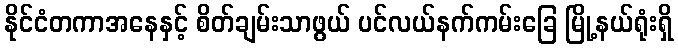
နိုင်ငံတကာအနေနှင့် စိတ်ချမ်းသာဖွယ် ပင်လယ်နက်ကမ်းခြေ မြို့နယ်ရုံးရှိ